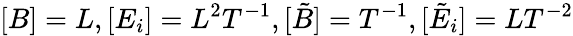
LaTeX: [B]=L,[E_{i}]=L^{2}T^{-1},[\tilde{B}]=T^{-1},[\tilde{E}_{i}]=LT^{-2}